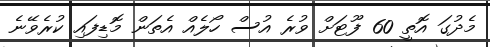
މެދުގަ އޮތީ 60 ފޫޓަށް ވުރެ އުސް ހޯލެއް އެތަން މޮޑިފައި ކުރެވޭނެ